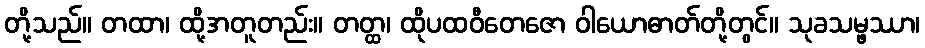
တို့သည်။ တထာ၊ ထို့အတူတည်း။ တတ္ထ၊ ထိုပထဝီတေဇော ဝါယောဓာတ်တို့တွင်။ သုခသမ္ဖဿာ၊